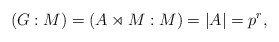
\begin{align*}(G:M) = (A \rtimes M : M) = \vert A\vert = p^r, \end{align*}